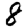
Digit: 8